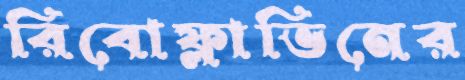
রিবোফ্লাভিনের